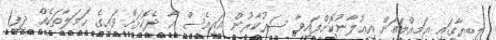
ލީބިޔާގައި އަމިއްލައަށް އިޢުލާނުކޮށްފައިވާ ސަރުކާރުން އައިއެސް އާ ދެކޮޅަށް ވައިގެ ހަމަލާތަކެއް ދީފި1